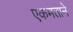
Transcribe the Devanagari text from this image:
एकमताने